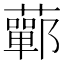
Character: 䕤